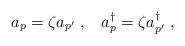
LaTeX: \begin{align*}a_p = \zeta a_{p'} \;,\;\;\;a_p^\dagger = \zeta a_{p'}^\dagger \;,\end{align*}